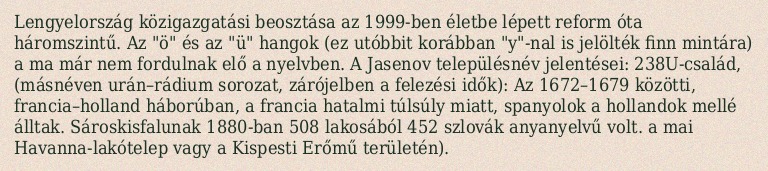
Lengyelország közigazgatási beosztása az 1999-ben életbe lépett reform óta háromszintű. Az "ö" és az "ü" hangok (ez utóbbit korábban "y"-nal is jelölték finn mintára) a ma már nem fordulnak elő a nyelvben. A Jasenov településnév jelentései: 238U-család, (másnéven urán–rádium sorozat, zárójelben a felezési idők): Az 1672–1679 közötti, francia–holland háborúban, a francia hatalmi túlsúly miatt, spanyolok a hollandok mellé álltak. Sároskisfalunak 1880-ban 508 lakosából 452 szlovák anyanyelvű volt. a mai Havanna-lakótelep vagy a Kispesti Erőmű területén).